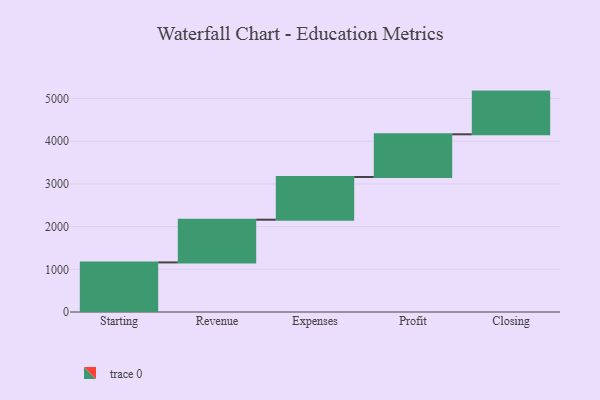
{"axis": {"x": "Step", "y": "Value"}, "legend": [""], "data": [{"x": "Starting", "y": 1161.0, "type": ""}, {"x": "Revenue", "y": 1000, "type": ""}, {"x": "Expenses", "y": 1000, "type": ""}, {"x": "Profit", "y": 1000, "type": ""}, {"x": "Closing", "y": 1000, "type": ""}]}